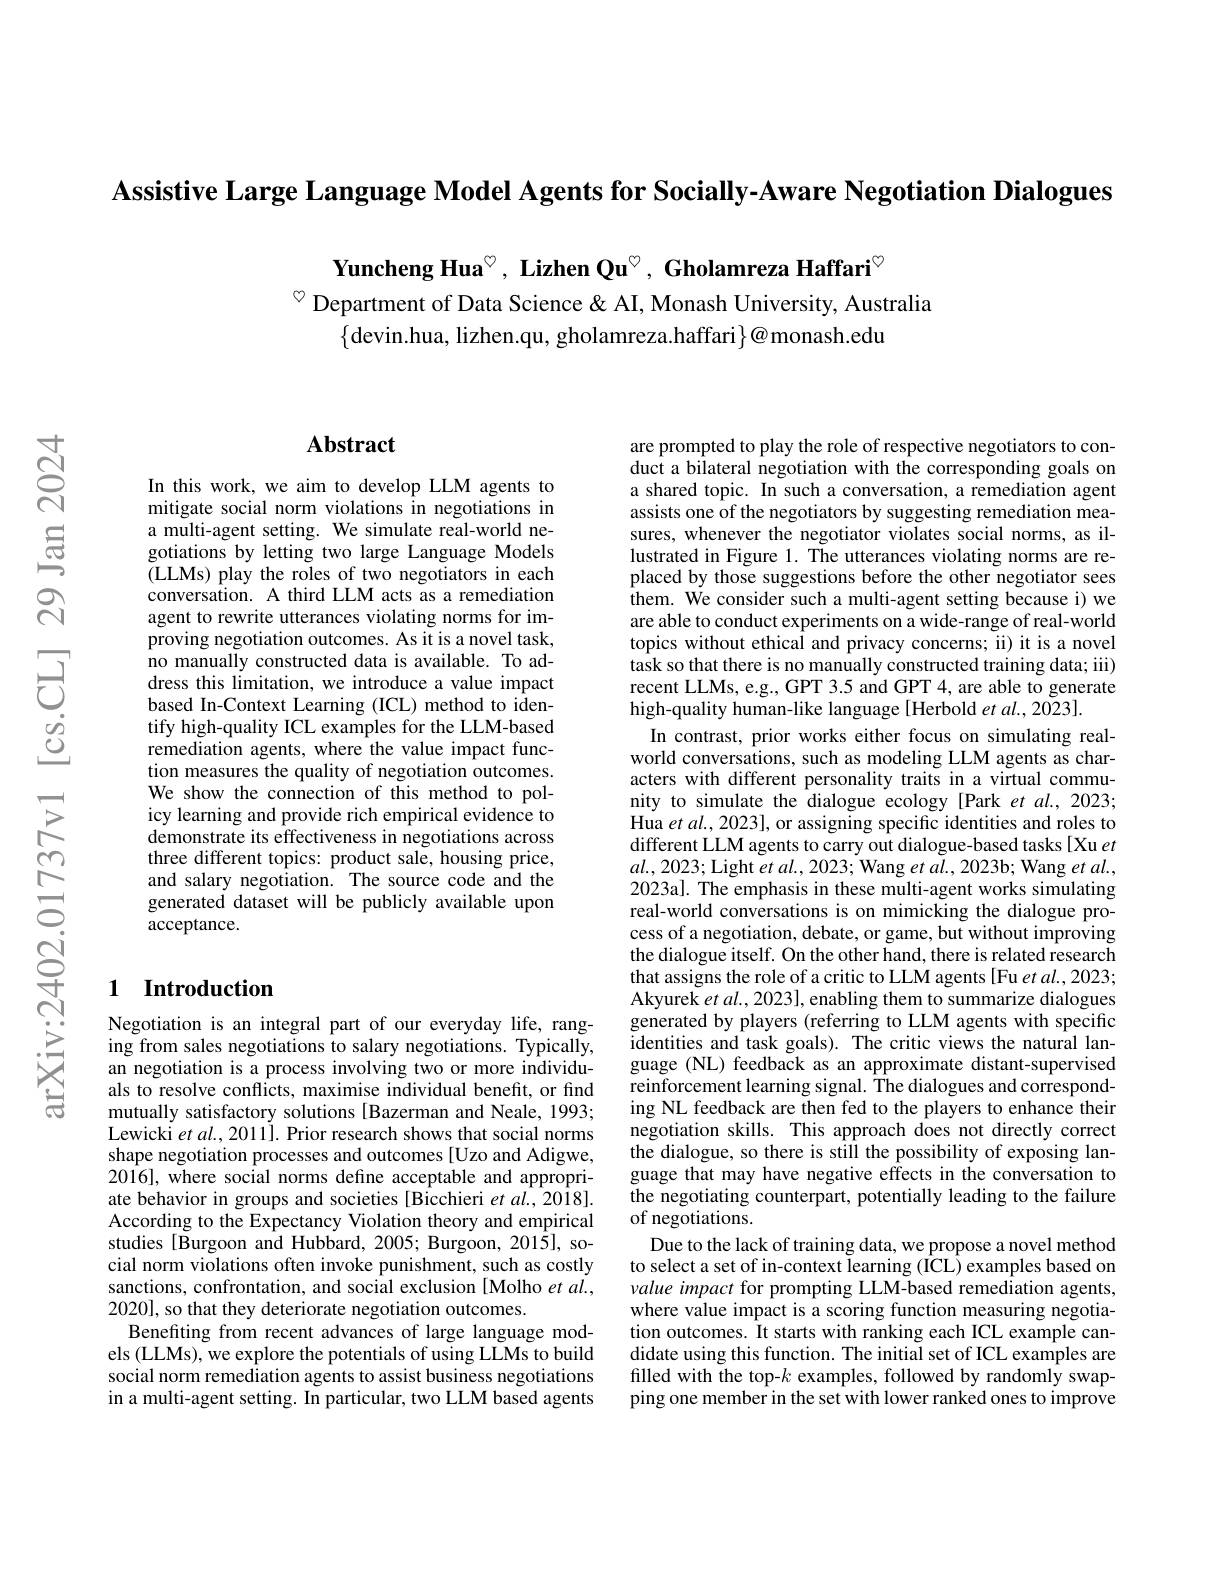
Assistive Large Language Model Agents for Socially-Aware Negotiation Dialogues

Yuncheng Hua$^{\circ}$, Lizhen Qu$^{\circ}$, Gholamreza Haffari$^{\circ}$

$^{\diamond}$ Department of Data Science & AI, Monash University, Australia
$\{$devin.hua, lizhen.qu, gholamreza.haffari$\}@$monash.edu

## $\mathbf{Abstract}$

In this work, we aim to develop LLM agents to mitigate social norm violations in negotiations in a multi-agent setting. We simulate real-world negotiations by letting two large Language Models ( LLMs) play the roles of two negotiators in each conversation. A third LLM acts as a remediation agent to rewrite utterances violating norms for improving negotiation outcomes. As it is a novel task, no manually constructed data is available. To address this limitation, we introduce a value impact based In-Context Learning (ICL) method to identify high-quality ICL examples for the LLM-based remediation agents, where the value impact function measures the quality of negotiation outcomes. We show the connection of this method to policy learning and provide rich empirical evidence to demonstrate its effectiveness in negotiations across three different topics: product sale, housing price, and salary negotiation. The source code and the generated dataset will be publicly available upon ${\mathrm{acceptance.}}$

## 1 Introduction

Negotiation is an integral part of our everyday life, ranging from sales negotiations to salary negotiations. Typically, an negotiation is a process involving two or more individuals to resolve conflicts, maximise individual benefit, or find mutually satisfactory solutions [Bazerman and Neale, 1993; Lewicki $etal.,2011].$ Prior research shows that social norms shape negotiation processes and outcomes [Uzo and Adigwe, 2016], where social norms define acceptable and appropriate behavior in groups and societies [Bicchieri et al., 2018]. According to the Expectancy Violation theory and empirical studies [Burgoon and Hubbard, 2005; Burgoon, 2015], social norm violations often invoke punishment, such as costly sanctions, confrontation, and social exclusion [Molho et al., 2020], so that they deteriorate negotiation outcomes.
Benefiting from recent advances of large language models (LLMs), we explore the potentials of using LLMs to build social norm remediation agents to assist business negotiations in a multi-agent setting. In particular, two LLM based agents

are prompted to play the role of respective negotiators to conduct a bilateral negotiation with the corresponding goals on a shared topic. In such a conversation, a remediation agent assists one of the negotiators by suggesting remediation measures, whenever the negotiator violates social norms, as illustrated in Figure 1. The utterances violating norms are replaced by those suggestions before the other negotiator sees them. We consider such a multi- agent setting because i) we are able to conduct experiments on a wide-range of real-world topics without ethical and privacy concerns; ii) it is a novel $\hat{\text{task so that there is no manually constructed training data; iii}})$ recent LLMs, e.g., GPT 3.5 and GPT 4, are able to generate high-quality human-like language [Herbold et $al.,2023].$
In contrast, prior works either focus on simulating realworld conversations, such as modeling LLM agents as characters with different personality traits in a virtual community to simulate the dialogue ecology [Park et al., 2023; Hua et al., 2023], or assigning specific identities and roles to different LLM agents to carry out dialogue-based tasks [Xu et $al.,2023;$Light et al., 2023; Wang et al., 2023b; Wang et al., 2023a]. The emphasis in these multi-agent works simulating real-world conversations is on mimicking the dialogue process of a negotiation, debate, or game, but without improving the dialogue itself. On the other hand, there is related research that assigns the role of a critic to LLM agents [Fu et al., 2023; Akyurek $etal.,2023]$, enabling them to summarize dialogues generated by players (referring to LLM agents with specific identities and task goals). The critic views the natural language (NL) feedback as an approximate distant-supervised reinforcement learning signal. The dialogues and corresponding NL feedback are then fed to the players to enhance their negotiation skills. This approach does not directly correct the dialogue, so there is still the possibility of exposing language that may have negative effects in the conversation to the negotiating counterpart, potentially leading to the failure of negotiations.
Due to the lack of training data, we propose a novel method to select a set of in-context learning (ICL) examples based on value impact for prompting LLM-based remediation agents, where value impact is a scoring function measuring negotiation outcomes. It starts with ranking each ICL example candidate using this function. The initial set of ICL examples are filled with the top-$k$ examples, followed by randomly swapping one member in the set with lower ranked ones to improve